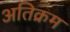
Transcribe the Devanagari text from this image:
अतिक्रम